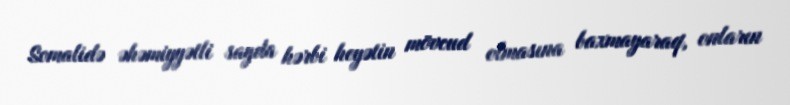
Somalidə əhəmiyyətli sayda hərbi heyətin mövcud olmasına baxmayaraq, onların